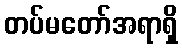
တပ်မတော်အရာရှိ